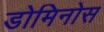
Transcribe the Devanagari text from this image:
डोमिनोस